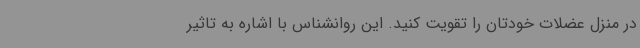
در منزل عضلات خودتان را تقویت کنید. این روانشناس با اشاره به تاثیر